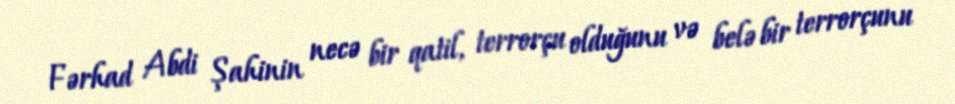
Fərhad Abdi Şahinin necə bir qatil, terrorçu olduğunu və belə bir terrorçunu